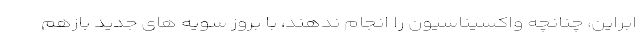
ابراین، چنانچه واکسیناسیون را انجام ندهند، با بروز سویه های جدید بازهم